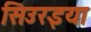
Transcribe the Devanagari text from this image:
सिउरइया